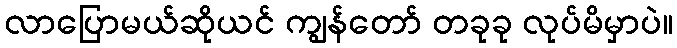
လာပြောမယ်ဆိုယင် ကျွန်တော် တခုခု လုပ်မိမှာပဲ။